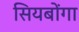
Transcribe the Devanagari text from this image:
सियबोंगा